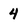
Character: 4